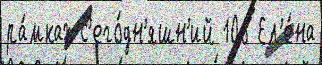
ра́мках с'его́дн'яшн'ий 106 Ел'е́на